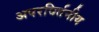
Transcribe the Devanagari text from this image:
अपरविर्तनीय